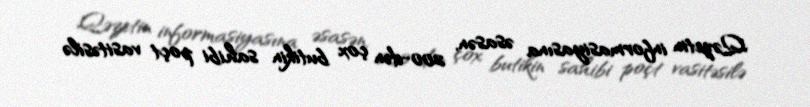
Qəzetin informasiyasına əsasən, 200-dən çox butikin sahibi poçt vasitəsilə